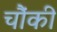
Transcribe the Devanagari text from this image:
चौंकी